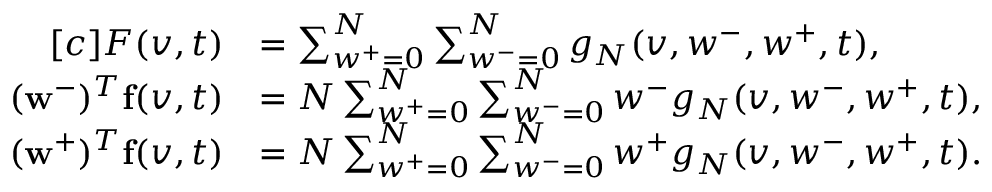
\begin{array} { r } { \begin{array} { r l } { [ c ] F ( v , t ) } & { = \sum _ { w ^ { + } = 0 } ^ { N } \sum _ { w ^ { - } = 0 } ^ { N } g _ { N } ( v , w ^ { - } , w ^ { + } , t ) , } \\ { ( \mathbf { w } ^ { - } ) ^ { T } \mathbf { f } ( v , t ) } & { = N \sum _ { w ^ { + } = 0 } ^ { N } \sum _ { w ^ { - } = 0 } ^ { N } w ^ { - } g _ { N } ( v , w ^ { - } , w ^ { + } , t ) , } \\ { ( \mathbf { w } ^ { + } ) ^ { T } \mathbf { f } ( v , t ) } & { = N \sum _ { w ^ { + } = 0 } ^ { N } \sum _ { w ^ { - } = 0 } ^ { N } w ^ { + } g _ { N } ( v , w ^ { - } , w ^ { + } , t ) . } \end{array} } \end{array}